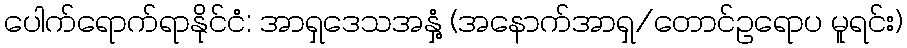
ပေါက်ရောက်ရာနိုင်ငံ: အာရှဒေသအနှံ့ (အနောက်အာရှ/တောင်ဥရောပ မူရင်း)